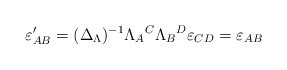
\begin{align*}\varepsilon _{AB}^{\prime }=(\Delta _{{\small \Lambda }})^{-1}\Lambda_{A}{}^{C}\Lambda _{B}{}^{D}\varepsilon _{CD}=\varepsilon _{AB} \end{align*}